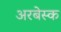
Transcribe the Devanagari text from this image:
अरबेस्क